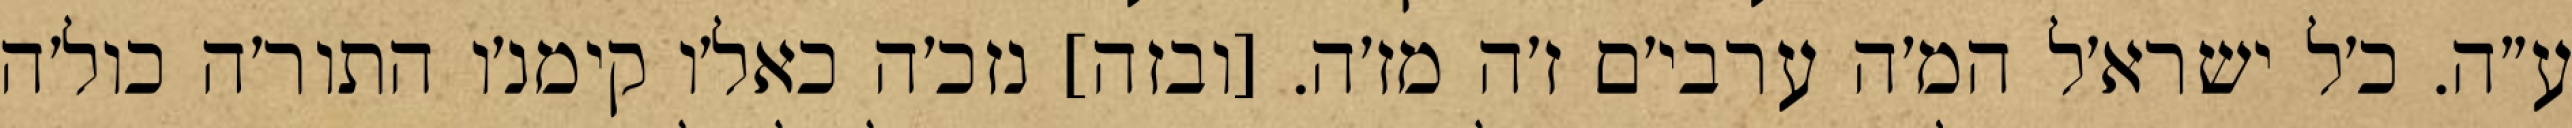
ע״ה. כ׳ל ישרא׳ל המ׳ה ערבי׳ם ז׳ה מז׳ה. [ובזה] נזכ׳ה כאל׳ו קימנ׳ו התור׳ה כול׳ה